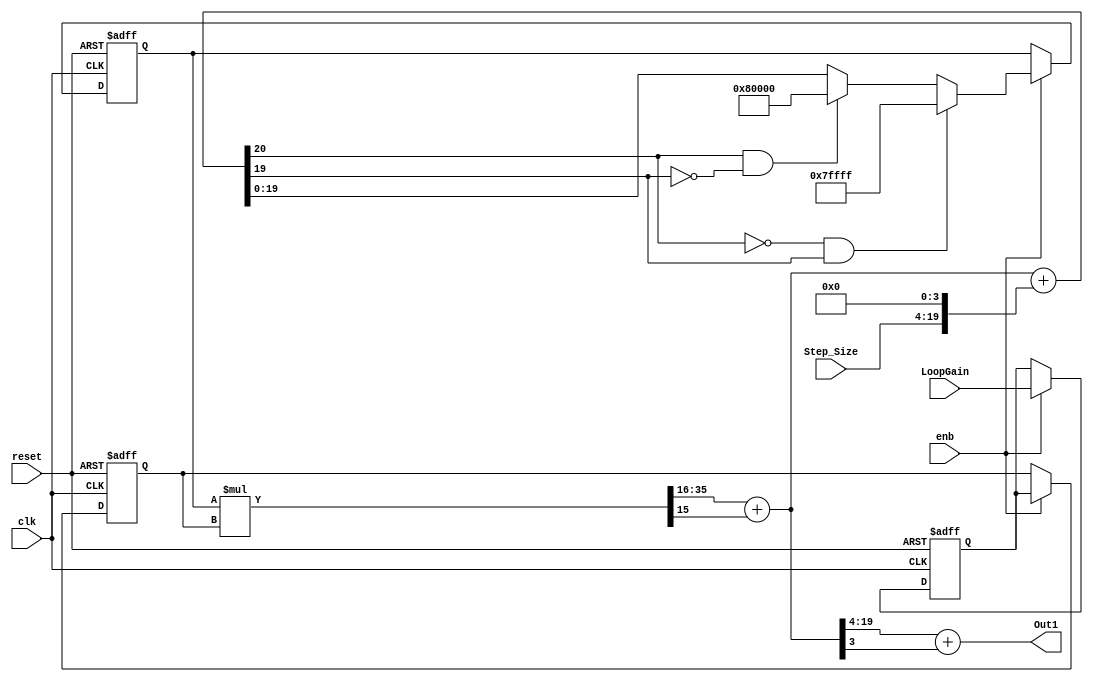
// -------------------------------------------------------------
// 
// 
// Generated by MATLAB 9.10 and HDL Coder 3.18
// 
// -------------------------------------------------------------


// -------------------------------------------------------------
// 
// Module: Integrator_gain_0_99
// Source Path: adpcm_precision_study/adpcm/ADPCM Decoder1/Integrator -- gain = 0.99
// Hierarchy Level: 2
// 
// -------------------------------------------------------------

`timescale 1 ns / 1 ns

module Integrator_gain_0_99
          (clk,
           reset,
           enb,
           Step_Size,
           LoopGain,
           Out1);


  input   clk;
  input   reset;
  input   enb;
  input   signed [15:0] Step_Size;  // sfix16_En12
  input   signed [19:0] LoopGain;  // sfix20_En16
  output  signed [15:0] Out1;  // sfix16_En12


  wire signed [19:0] Data_Type_Conversion_out1;  // sfix20_En16
  reg signed [19:0] delayMatch_reg [0:1];  // sfix20 [2]
  wire signed [19:0] delayMatch_reg_next [0:1];  // sfix20_En16 [2]
  wire signed [19:0] LoopGain_1;  // sfix20_En16
  wire signed [19:0] Product_out1;  // sfix20_En16
  wire signed [20:0] Sum2_add_cast;  // sfix21_En16
  wire signed [20:0] Sum2_add_cast_1;  // sfix21_En16
  wire signed [20:0] Sum2_add_temp;  // sfix21_En16
  wire signed [19:0] Sum2_out1;  // sfix20_En16
  reg signed [19:0] Delay_out1;  // sfix20_En16
  wire signed [39:0] Product_mul_temp;  // sfix40_En32
  wire signed [15:0] Data_Type_Conversion1_out1;  // sfix16_En12

  // round back to 16 frac bits
  // 
  // append 0s for better loop accum. precision
  // 
  // Note additional precision inside integrator.


  assign Data_Type_Conversion_out1 = {Step_Size, 4'b0000};



  always @(posedge clk or posedge reset)
    begin : delayMatch_process
      if (reset == 1'b1) begin
        delayMatch_reg[0] <= 20'sb00000000000000000000;
        delayMatch_reg[1] <= 20'sb00000000000000000000;
      end
      else begin
        if (enb) begin
          delayMatch_reg[0] <= delayMatch_reg_next[0];
          delayMatch_reg[1] <= delayMatch_reg_next[1];
        end
      end
    end

  assign LoopGain_1 = delayMatch_reg[1];
  assign delayMatch_reg_next[0] = LoopGain;
  assign delayMatch_reg_next[1] = delayMatch_reg[0];



  assign Sum2_add_cast = {Product_out1[19], Product_out1};
  assign Sum2_add_cast_1 = {Data_Type_Conversion_out1[19], Data_Type_Conversion_out1};
  assign Sum2_add_temp = Sum2_add_cast + Sum2_add_cast_1;
  assign Sum2_out1 = ((Sum2_add_temp[20] == 1'b0) && (Sum2_add_temp[19] != 1'b0) ? 20'sb01111111111111111111 :
              ((Sum2_add_temp[20] == 1'b1) && (Sum2_add_temp[19] != 1'b1) ? 20'sb10000000000000000000 :
              $signed(Sum2_add_temp[19:0])));



  always @(posedge clk or posedge reset)
    begin : Delay_process
      if (reset == 1'b1) begin
        Delay_out1 <= 20'sb00000000000000000000;
      end
      else begin
        if (enb) begin
          Delay_out1 <= Sum2_out1;
        end
      end
    end



  assign Product_mul_temp = Delay_out1 * LoopGain_1;
  assign Product_out1 = Product_mul_temp[35:16] + $signed({1'b0, Product_mul_temp[15]});



  assign Data_Type_Conversion1_out1 = Product_out1[19:4] + $signed({1'b0, Product_out1[3]});



  assign Out1 = Data_Type_Conversion1_out1;

endmodule  // Integrator_gain_0_99